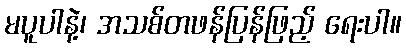
မပူပါနဲ့၊ အသစ်တဖန်ပြန်ဖြည့် ရေးပါ။